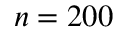
n = 2 0 0